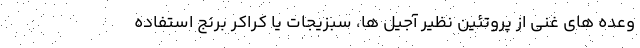
وعده های غنی از پروتئین نظیر آجیل ها، سبزیجات یا کراکر برنج استفاده